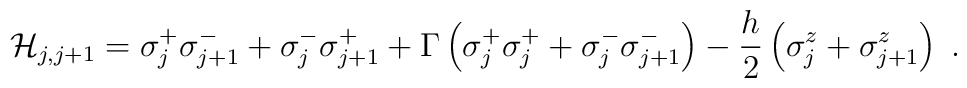
{\cal H}_{j,j+1}=\sigma^{+}_{j}\sigma^{-}_{j+1}+\sigma^{-}_{j}\sigma^{+}_{j+1}+\Gamma\left(\sigma^{+}_{j}\sigma^{+}_{j}+\sigma^{-}_{j}\sigma^{-}_{j+1}\right)-\frac{h}{2}\left(\sigma^{z}_{j}+\sigma_{j+1}^{z}\right)\;.